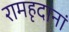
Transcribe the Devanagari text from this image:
रामहृदानां